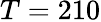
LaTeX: T=210